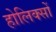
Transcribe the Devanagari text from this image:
होलिक्सों